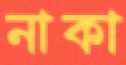
নাকা